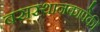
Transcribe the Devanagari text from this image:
बसस्थानकापैकी